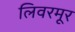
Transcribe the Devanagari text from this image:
लिवरमूर